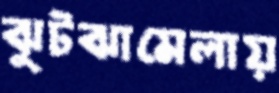
ঝুটঝামেলায়